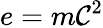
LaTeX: e=m\mathcal{C}^{2}